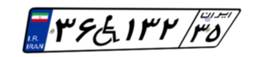
۳۶W۱۳۲۳۵